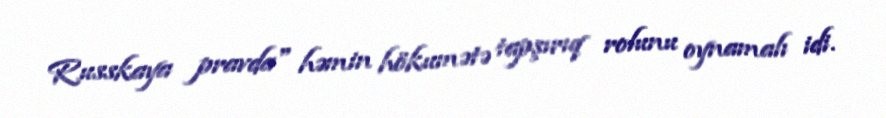
Russkaya pravda" həmin hökumətə tapşırıq rolunu oynamalı idi.